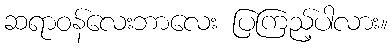
ဆရာဝန်လေးဘာလေး ပြကြည့်ပါလား။